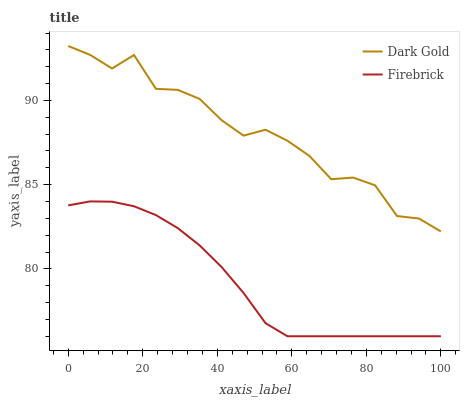
| xaxis_label | Dark Gold | Firebrick |
 | --- | --- | --- |
 | 0 | 93.2 | 83.8 |
 | 5.88 | 92.7 | 84 |
 | 11.8 | 91.9 | 84 |
 | 17.6 | 92.7 | 83.7 |
 | 23.5 | 90.7 | 83.2 |
 | 29.4 | 90.6 | 82.4 |
 | 35.3 | 90.1 | 81.4 |
 | 41.2 | 88.8 | 80.1 |
 | 47.1 | 87.9 | 78.6 |
 | 52.9 | 88.3 | 76.8 |
 | 58.8 | 87.6 | 76 |
 | 64.7 | 86.7 | 76 |
 | 70.6 | 85.3 | 76 |
 | 76.5 | 85.4 | 76 |
 | 82.4 | 85 | 76 |
 | 88.2 | 83.1 | 76 |
 | 94.1 | 83 | 76 |
 | 100 | 82.2 | 76 |